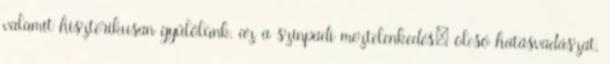
valamit hisztérikusan gyűlölünk, az a színpadi meztelenkedés: olcsó hatásvadászat,